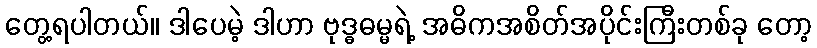
တွေ့ရပါတယ်။ ဒါပေမဲ့ ဒါဟာ ဗုဒ္ဓဓမ္မရဲ့ အဓိကအစိတ်အပိုင်းကြီးတစ်ခု တော့